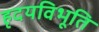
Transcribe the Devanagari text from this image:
हृदयविभूति